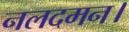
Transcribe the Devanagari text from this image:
नलदमन।